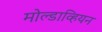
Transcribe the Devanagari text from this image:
मोल्डाव्हियन